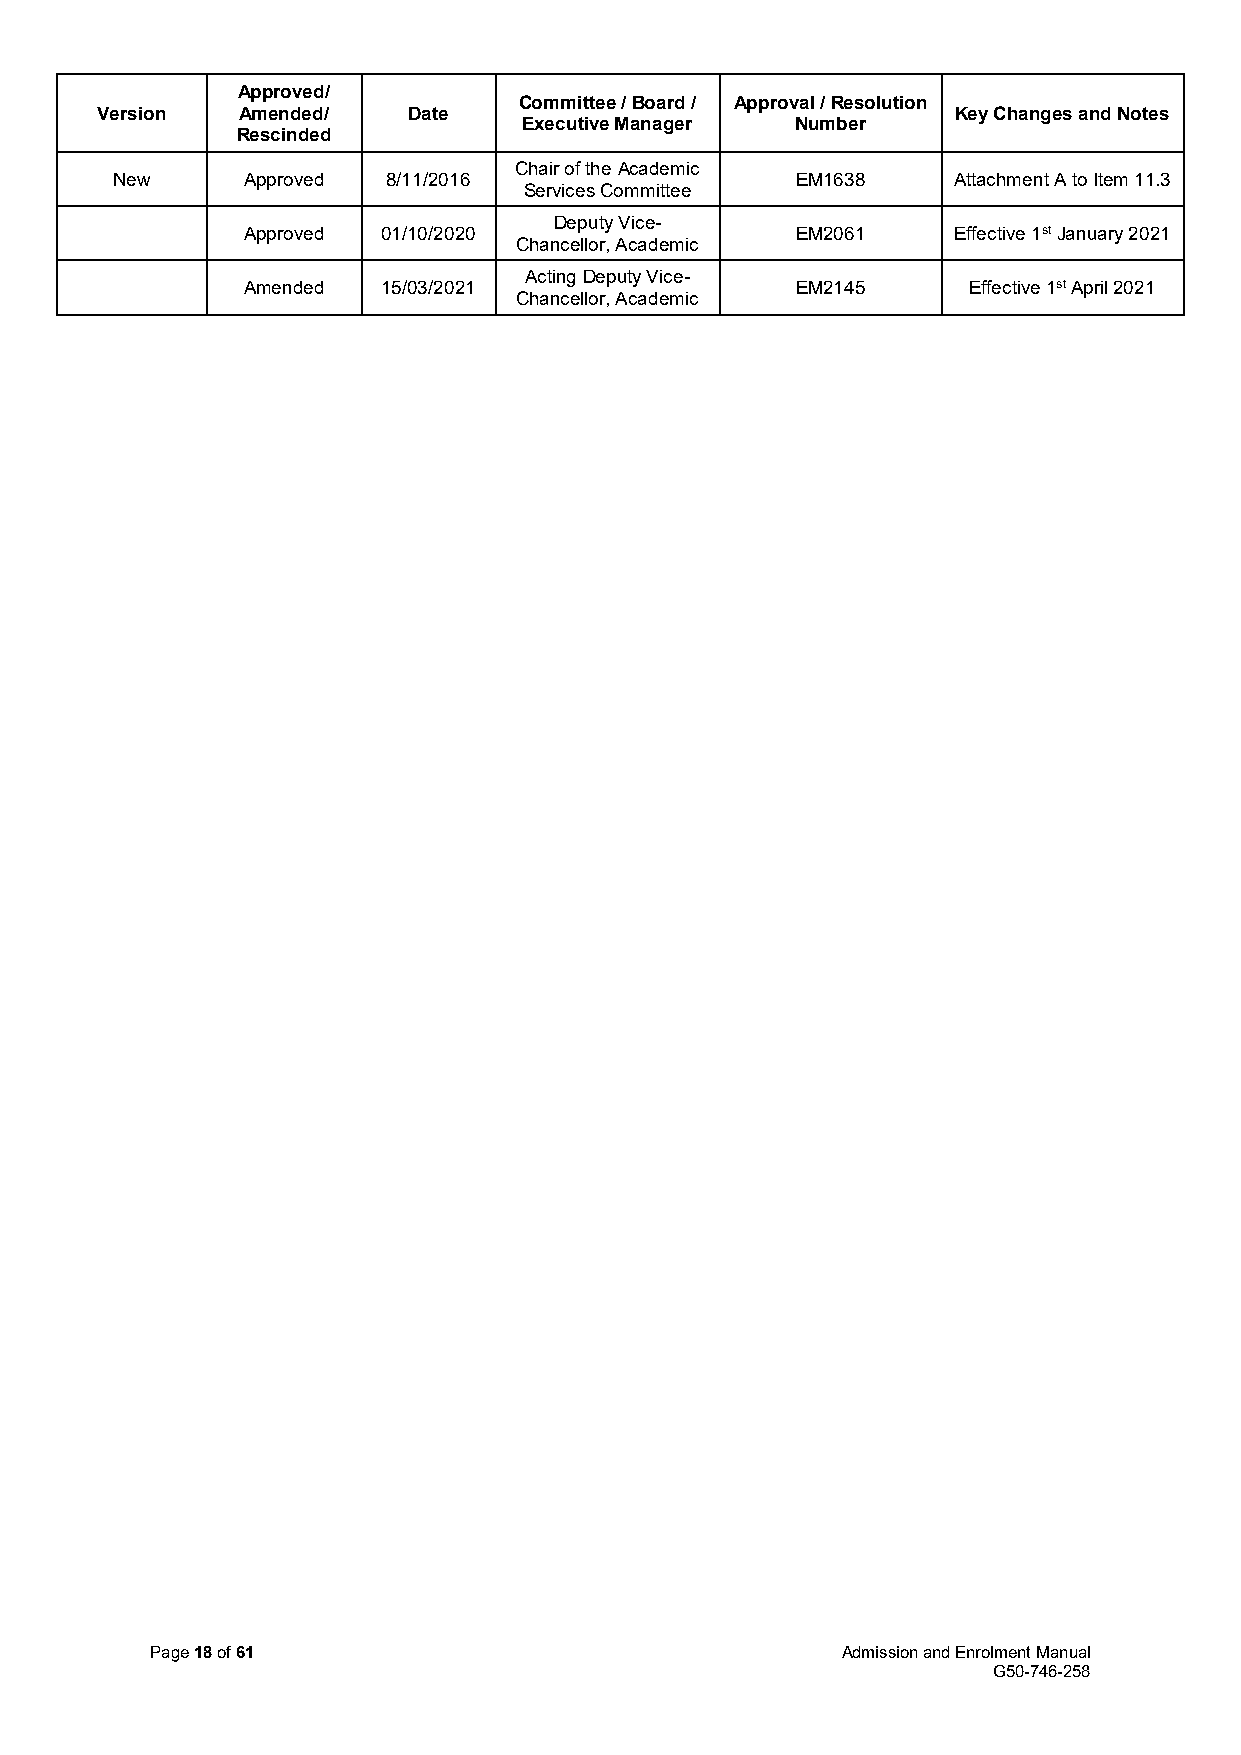
Approved/
 Committee / Board / Approval / Resolution
 Version   Amended/   Date                                Key Changes and Notes
 Executive Manager Number
 Rescinded
 Chair of the Academic
 New      Approved  8/11/2016                  EM1638    Attachment A to Item 11.3
 Services Committee
 Deputy Vice-
 Approved 01/10/2020                  EM2061    Effective 1st January 2021
 Chancellor, Academic
 Acting Deputy Vice-
 Amended  15/03/2021                  EM2145     Effective 1st April 2021
 Chancellor, Academic
 Page 18 of 61                                 Admission and Enrolment Manual
 G50-746-258